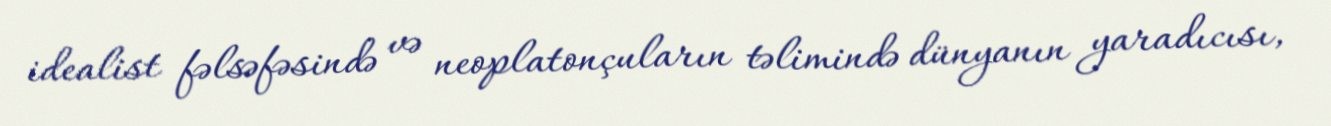
idealist fəlsəfəsində və neoplatonçuların təlimində dünyanın yaradıcısı,